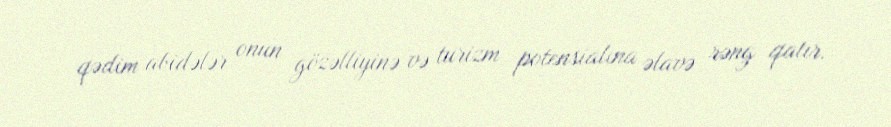
qədim abidələr onun gözəlliyinə və turizm potensialına əlavə rəng qatır.